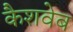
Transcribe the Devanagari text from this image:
कैशवेब